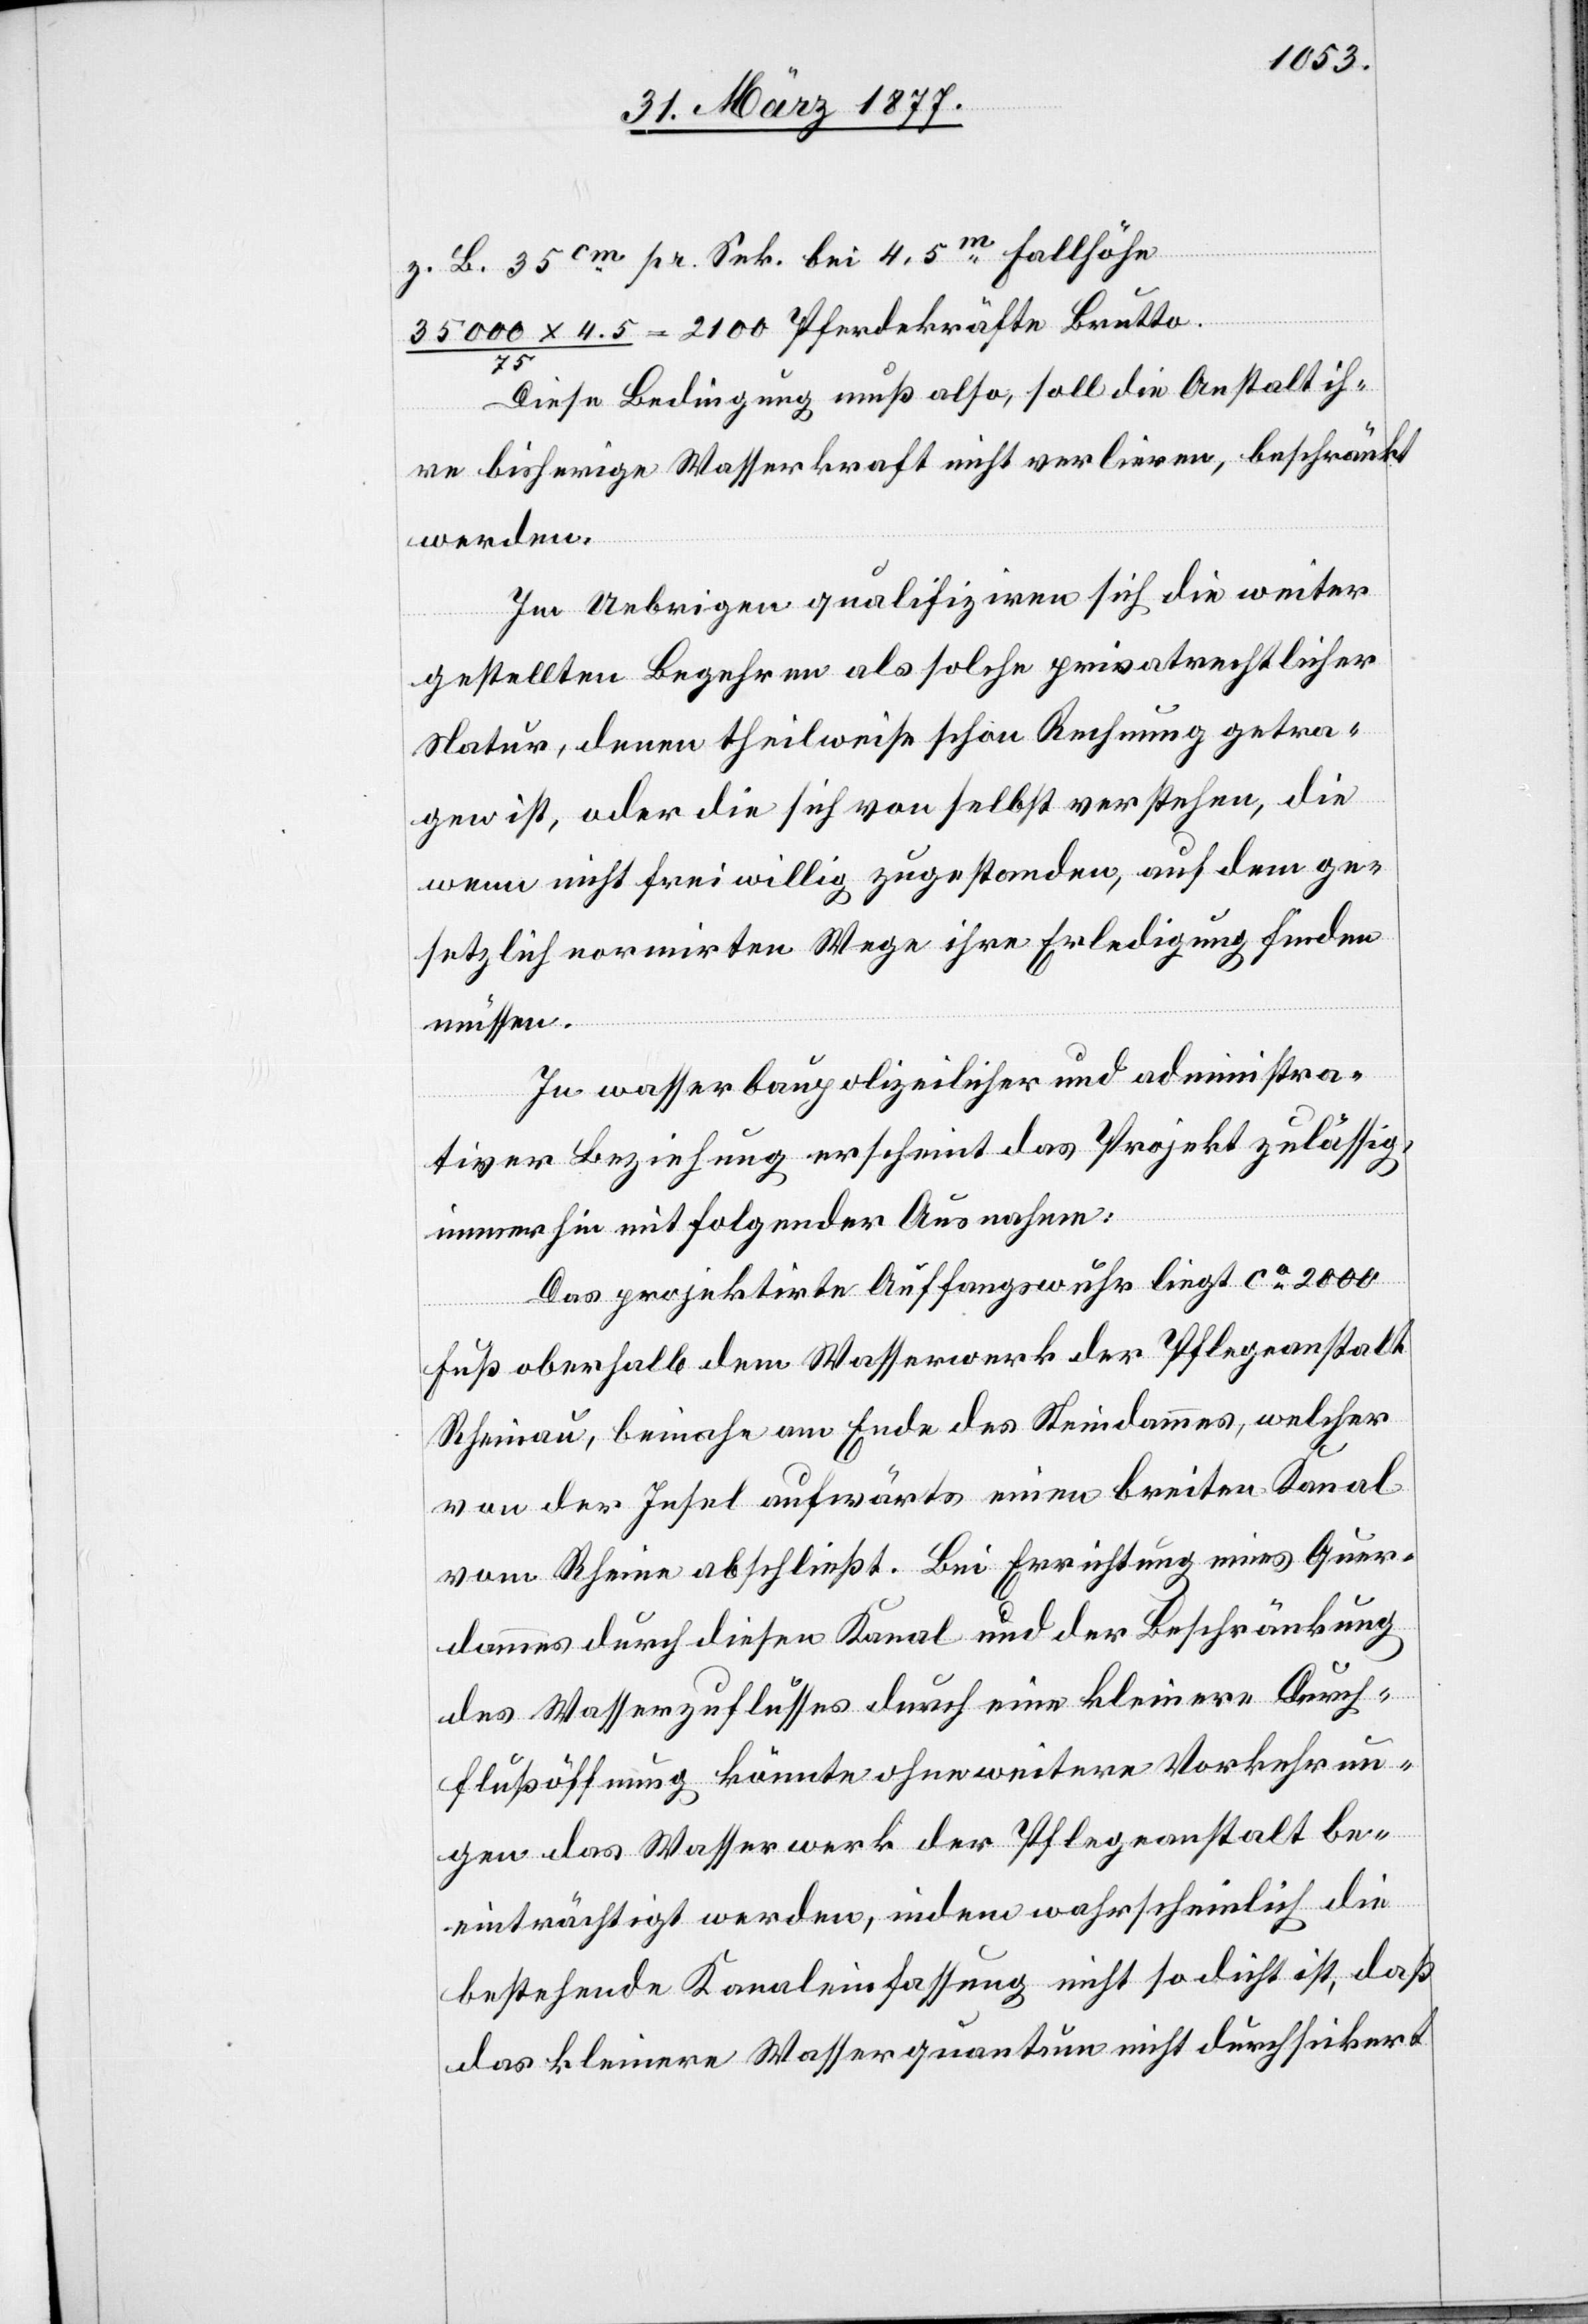
z. B. 35cm pr. Sek. bei 4,5m Fallhöhe
35 000 x 4.5 / 75 = 2100 Pferdekräfte Brutto.
Diese Bedingung muß also, soll die Anstalt ih¬
re bisherige Wasserkraft nicht verlieren, beschränkt
werden.
Im Uebrigen qualifiziren sich die weiter
gestellten Begehren als solche privatrechtlicher
Natur, denen theilweise schon Rechnung getra¬
gen ist, oder die sich von selbst verstehen, die
wenn nicht freiwillig zugestanden, auf dem ge¬
setzlich normirten Wege ihre Erledigung finden
müssen.
In wasserbaupolizeilicher und administra¬
tiver Beziehung erscheint das Projekt zulässig,
immerhin mit folgender Ausnahme:
Das projektirte Auffangswuhr liegt ca 2000
Fuß oberhalb dem Wasserwerk der Pflegeanstalt
Rheinau, beinahe am Ende des Steindammes, welcher
von der Insel aufwärts einen breiten Kanal
vom Rheine abschließt. Bei Errichtung eines Quer¬
dammes durch diesen Kanal und der Beschränkung
des Wasserzuflusses durch eine kleinere Durch¬
flußöffnung könnte ohne weitere Vorkehrun¬
gen das Wasserwerk der Pflegeanstalt be¬
einträchtigt werden, indem wahrscheinlich die
bestehende Kanaleinfassung nicht so dicht ist, daß
das kleinere Wasserquantum nicht durchsickert